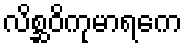
လိစ္ဆဝိကုမာရကေ